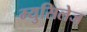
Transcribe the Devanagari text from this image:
म्युसिलेज